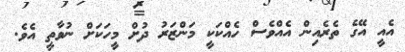
އެއީ އޭގެ ތެރެއިން އެއްވެސް ހެއްކަކީ މަންޒަރު ދުށް މީހަކަށް ނުވާތީ އެވެ.